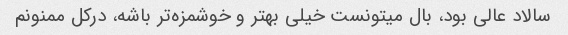
سالاد عالی بود، بال میتونست خیلی بهتر و خوشمزه‌تر باشه، درکل ممنونم